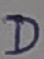
Text: D